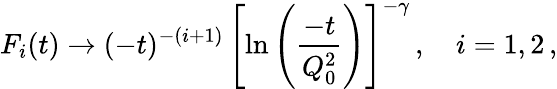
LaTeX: F_{i}(t)\to(-t)^{-(i+1)}\, \left[\ln\left(\frac{-t}{Q_{0}^{2}}\right)\right]^{-\gamma}\, ,\quad i=1,2\, ,